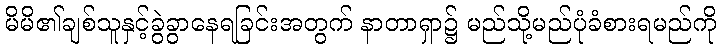
မိမိ၏ချစ်သူနှင့်ခွဲခွာနေရခြင်းအတွက် နာတာရှာ၌ မည်သို့မည်ပုံခံစားရမည်ကို